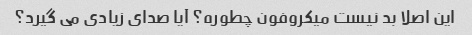
این اصلا بد نیست میکروفون چطوره؟ آیا صدای زیادی می گیرد؟